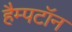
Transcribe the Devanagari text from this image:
हैम्पटॉन